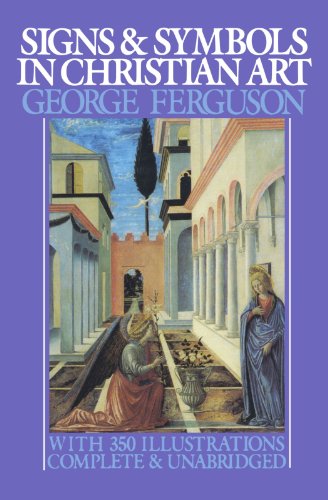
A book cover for Signs and Symbols in Christian Art; George Ferguson; Arts & Photography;